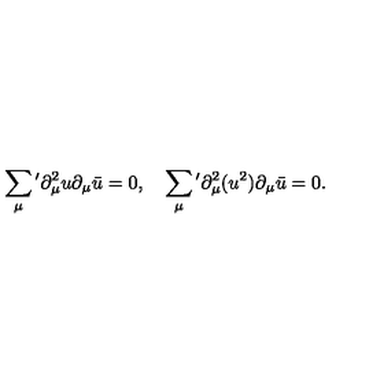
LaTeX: \sum _ { \mu } { } ^ { \prime } \partial _ { \mu } ^ { 2 } u \partial _ { \mu } \bar { u } = 0 , \quad \sum _ { \mu } { } ^ { \prime } \partial _ { \mu } ^ { 2 } ( u ^ { 2 } ) \partial _ { \mu } \bar { u } = 0 .